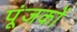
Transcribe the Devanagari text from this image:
पूंजकों